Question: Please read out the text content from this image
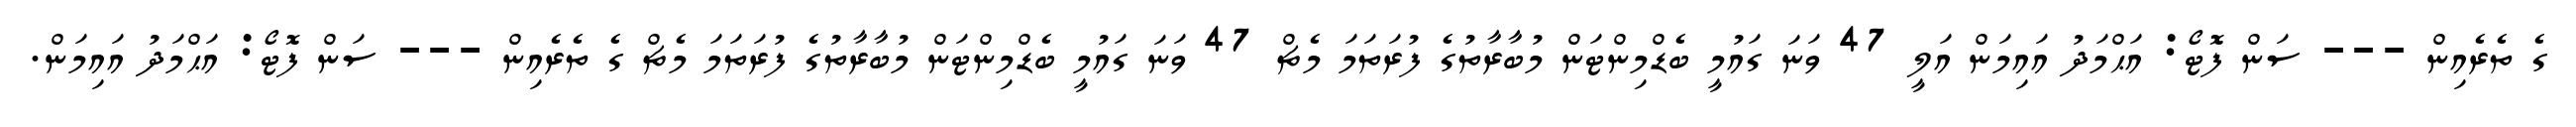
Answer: ގެ ތެރެއިން --- ސަން ފޮޓޯ: އަޙްމަދު އައިމަން އަލީ 47 ވަނަ ގައުމީ ބެޑްމިންޓަން މުބާރާތުގެ ފުރަތަމަ މެޗް 47 ވަނަ ގައުމީ ބެޑްމިންޓަން މުބާރާތުގެ ފުރަތަމަ މެޗް ގެ ތެރެއިން --- ސަން ފޮޓޯ: އަޙްމަދު އައިމަން.